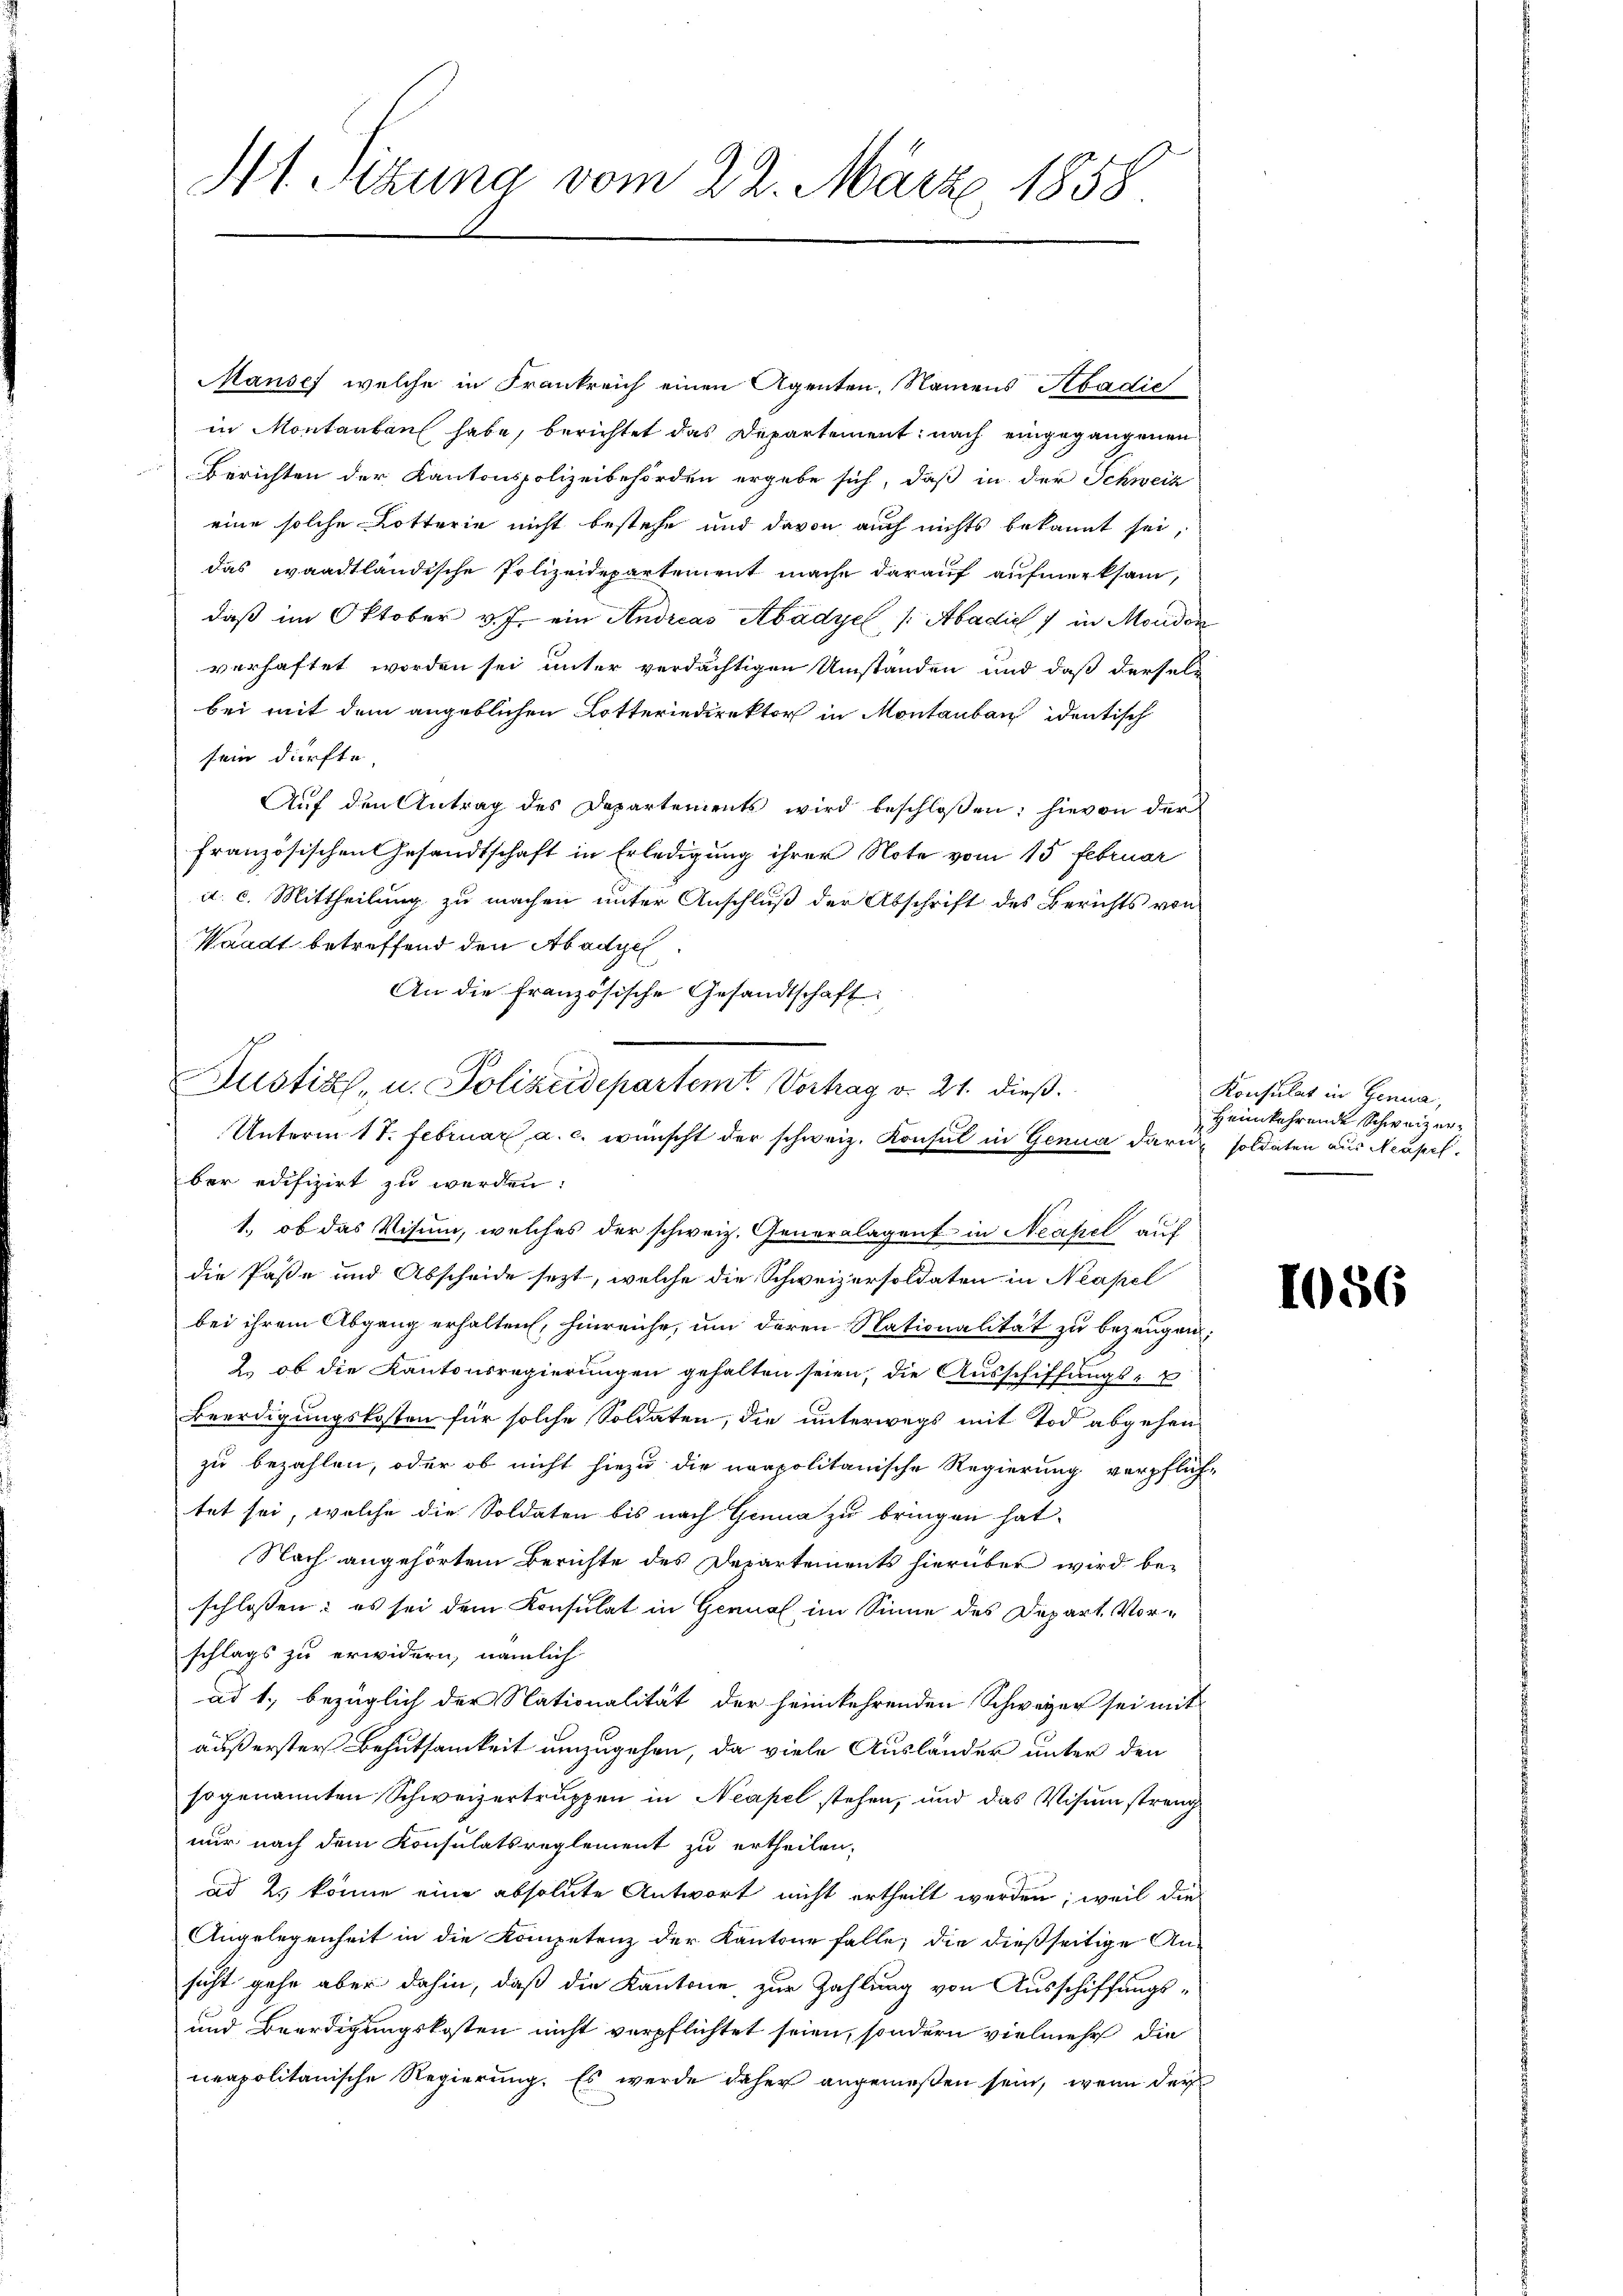
Mt. Sitzung vom 22. März 1858

Mansch welche in Frankreich einen Agenten, Namens Abadic
in Montanten habe, berichtet das Departement nach eingegangenen
Berichten der Kantonspolizeibehörden ergebe sich, daß in der Schweiz
eine solche Dotterie nicht bestehe und davon auch nichts bekannt sei,
das waadtländische Polizeidepartement mache darauf aufmerksam,
daß im Oktober v. J. ein Andreas Abádyel /: Abadić ) in Morden
verhaftet worden sei unter verdächtigen Umständen und daß derselbei mit dem angeblichen Lotteriedirektor in Montanbau identisch
sein dürfte.
Aŭf den Antrag des Departements wird beschloßen: hievon der
französischen Gesandtschaft in Erledigung ihrer Note vom 15 Februar
d. c. Mittheilung zu machen unter Anschluß der Abschrift des Berichts von
Waadt betreffend den Abadyel
An die französische Gesandtschaft
Unterm 17. Februar, a. c. wünscht der schweiz. Konsul in Genua darin soldaten aus Neapelber edifizirt zu werden:
1., ob das Visum, welches der schweiz. Generalagent in Neapel auf
die Pässe und Abscheide sezt, welche die Schweizersoldaten in Neapel
bei ihrem Abgang erhalten, hinreiche, um deren Nationalität zu bezeugen;
2.) ob die Kantonsregierungen gehalten seien, die Ausschiffungs¬
Beerdigungskosten für solche Soldaten, die unterwegs mit Tod abgehen
zu bezahlen, oder ob nicht hiezu die neapolitanische Regierung verpflich-
tet sei, welche die Soldaten bis nach Genua zu bringen hat.
Nach angehörtem Berichte des Departements hierüber wird beschlossen: es sei dem Konsulat in Genual im Sinne des Depart. Vorschlags zu erwidern, nämlich
ad 1., bezüglich der Nationalität der heimkehrenden Schweizer sei mit
äußerster Behutsamkeit umzugehen, da viele Ausländer unter den
sogenannten Schweizertruppen in Neapel stehen, und das Visumstreng
nur nach dem Konsulatsreglement zu ertheilen.
ad 2., könne eine absolute Antwort nicht ertheilt werden; weil die
Angelegenheit in die Kompetenz der Kantone falle, die dießseitige An-
sicht gehe aber dahin, daß die Kantone, zur Zahlung von Ausschiffungs¬
und Beerdigungskosten nicht verpflichtet seien, sondern vielmehr die
neapolitanische Regierung. Es werde daher angemeßen sein, wenn der

Justiz- u. Polizeidepartemt. Vortrag v. 21. dieß.

Konsulat in Genua,
Heimkehrende Schweizer¬

1056